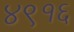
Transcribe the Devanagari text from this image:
४९१६